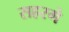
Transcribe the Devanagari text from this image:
सहरमे